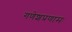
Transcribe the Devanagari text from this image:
गणेशप्रणामः